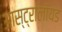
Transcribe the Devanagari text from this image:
आस्ट्रालॉयड